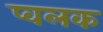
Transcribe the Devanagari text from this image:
प्वलक